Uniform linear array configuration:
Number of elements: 64
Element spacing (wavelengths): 0.75
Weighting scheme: kaiser
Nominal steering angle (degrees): -15
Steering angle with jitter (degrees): -15.674
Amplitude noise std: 0.05
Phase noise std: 0.05

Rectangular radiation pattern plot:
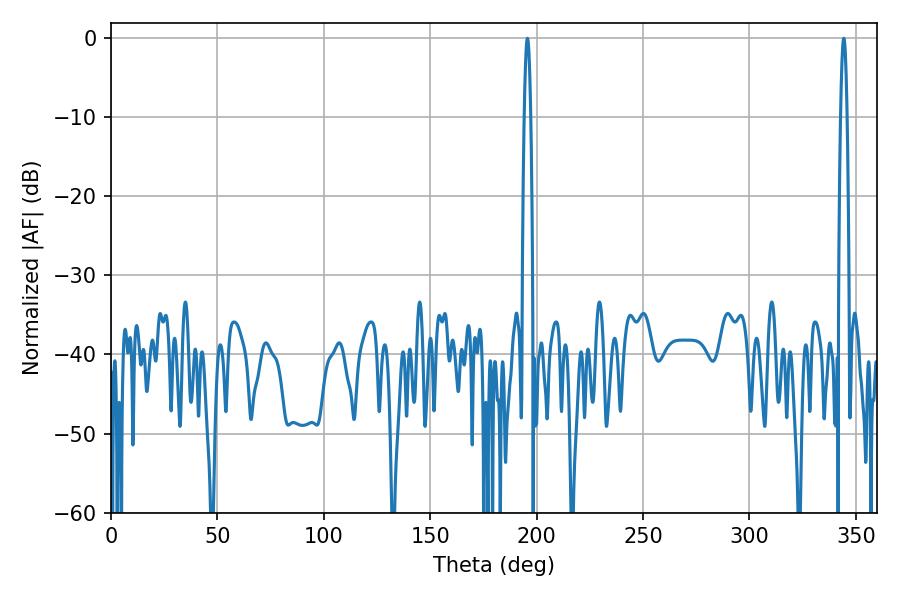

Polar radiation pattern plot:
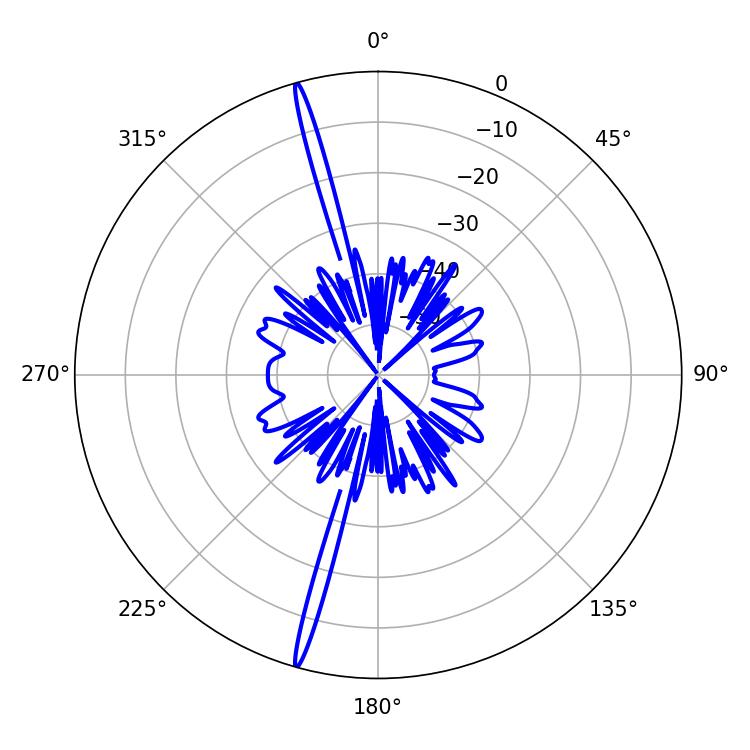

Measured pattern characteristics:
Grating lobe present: TRUE
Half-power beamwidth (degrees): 1.44
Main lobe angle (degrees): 195.66